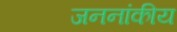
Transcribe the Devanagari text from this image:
जननांकीय